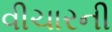
વીચારની